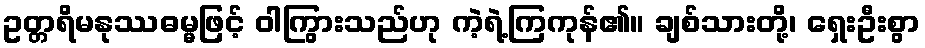
ဥတ္တရိမနုဿဓမ္မဖြင့် ဝါကြွားသည်ဟု ကဲ့ရဲ့ကြကုန်၏။ ချစ်သားတို့၊ ရှေးဦးစွာ